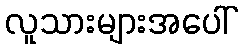
လူသားများအပေါ်